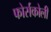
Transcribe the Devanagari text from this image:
फोर्सकोली